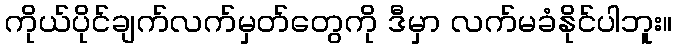
ကိုယ်ပိုင်ချက်လက်မှတ်တွေကို ဒီမှာ လက်မခံနိုင်ပါဘူး။